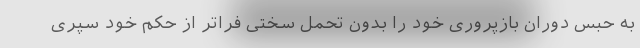
به حبس دوران بازپروری خود را بدون تحمل سختی فراتر از حکم خود سپری